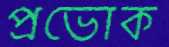
প্রভোক